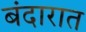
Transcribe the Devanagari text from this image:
बंदारात